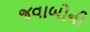
જવાબોની